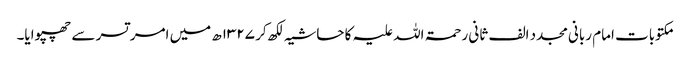
مکتوبات امام ربانی مجدد الف ثانی رحمۃ اللہ علیہ کا حاشیہ لکھ کر ۱۳۲۷ھ میں امر تسر سے چھپوایا۔